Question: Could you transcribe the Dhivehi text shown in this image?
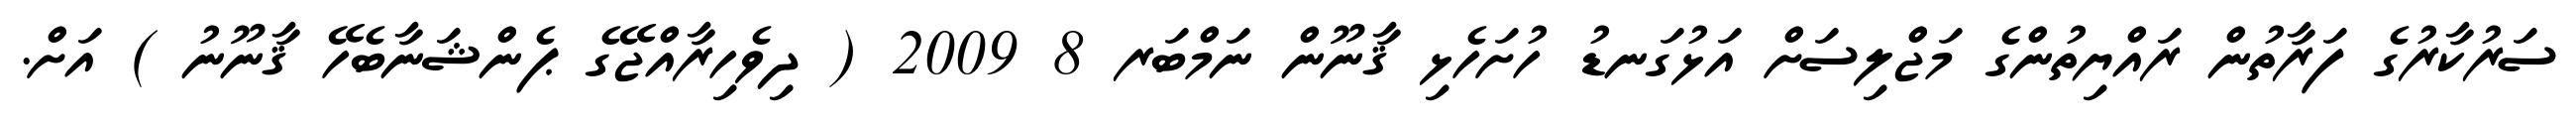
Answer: ސަރުކާރުގެ ފަރާތުން ރައްޔިތުންގެ މަޖްލިސަށް އަޅުގަނޑު ހުށަހެޅި ޤާނޫން ނަމްބަރ 8 2009 ( ދިވެހިރާއްޖޭގެ ޕެންޝަނާބެހޭ ޤާނޫނު ) އަށް.